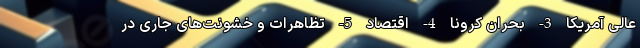
عالی آمریکا 3- بحران کرونا 4- اقتصاد 5- تظاهرات و خشونت‌های جاری در